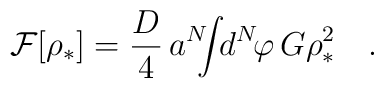
{\cal F}[\rho_*]={D\over4}\,a^N\!\!\!\int\!\! d^N\!\varphi\,G\rho^2_*\quad.